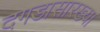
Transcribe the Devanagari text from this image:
दगडासारख्या